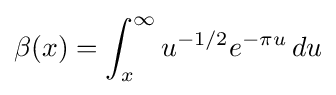
\beta (x)=\int _{x}^{\infty }u^{-1/2}e^{-\pi u}\,du